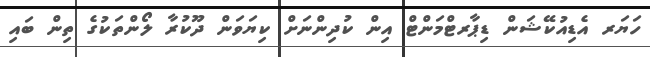
ހަޔަރ އެޑިއުކޭޝަން ޑިޕާރޓްމަންޓް އިން ކުދިންނަށް ކިޔަވަން ދޫކުރާ ލޯންތަކުގެ ތިން ބައި